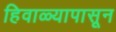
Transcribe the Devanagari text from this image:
हिवाळ्यापासून